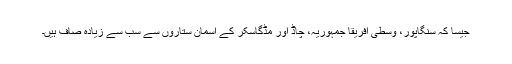
جیسا کہ سنگاپور، وسطی افریقا جمہوریہ، چاڈ اور مڈگاسکر کے آسمان ستاروں سے سب سے زیادہ صاف ہیں۔